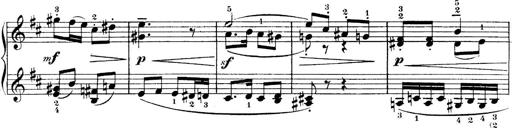
Title: 4 Sonatines
Composer: Max Reger